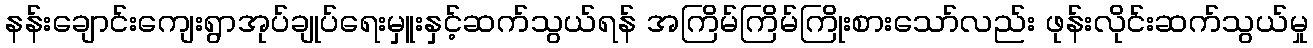
နန်းချောင်းကျေးရွာအုပ်ချုပ်ရေးမှူးနှင့်ဆက်သွယ်ရန် အကြိမ်ကြိမ်ကြိုးစားသော်လည်း ဖုန်းလိုင်းဆက်သွယ်မှု